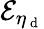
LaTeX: \mathcal{E}_{\eta_{\mathrm{~d~}}}